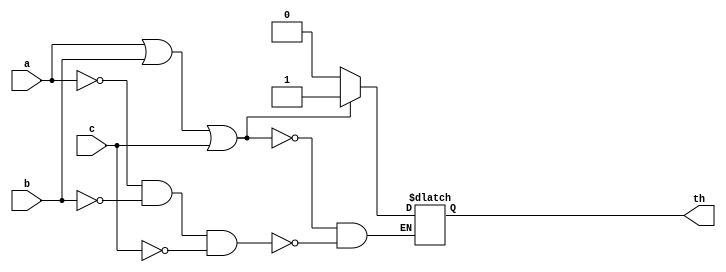
module th13(a, b, c, th);

input wire a, b, c;
output reg th;

initial th <= 1'b0;

wire #10 th_set = (a|b|c);
wire #10 th_res = ((a==1'b0)&(b==1'b0)&(c==1'b0));

always @(th_set or th_res) begin
	if(th_res) begin
		#10 th <= 1'b0;
	end 
	if(th_set) begin
		#10 th <= 1'b1;
	end
end

endmodule